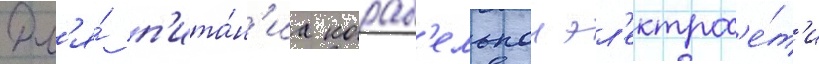
Дл'я́ п'ита́н'иа кораб'ельнои эл'ектрос'е́т'и